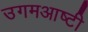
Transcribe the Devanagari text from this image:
उगमआष्टी